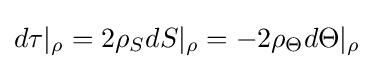
d\tau |_{\rho }=2\rho _{S}dS|_{\rho }=-2\rho _{\Theta }d\Theta |_{\rho }